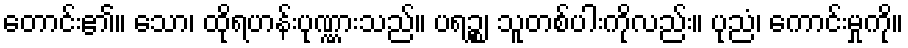
တောင်း၏။ သော၊ ထိုရဟန်းပုဏ္ဏားသည်။ ပရဉ္စ၊ သူတစ်ပါးကိုလည်း။ ပုညံ၊ ကောင်းမှုကို။